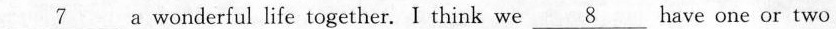
\underline{7} a wonderful life together. I think we \underline{8} have one or two